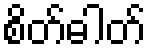
စိတ်ဓါတ်